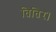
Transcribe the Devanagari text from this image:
तितिर।